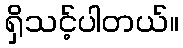
ရှိသင့်ပါတယ်။